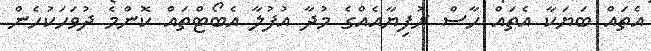
އެތައް ބަޔަކާ އެތައް ހާސް ރުފިޔާއެއްގެ މުދާ އުފުލާ އެބޯޓްތައް ކޮންމެ ދުވަހަކުހެން